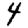
Digit: 4